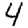
Digit: 4